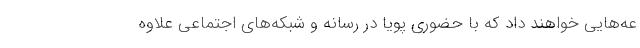
عه‌هایی خواهند داد که با حضوری پویا در رسانه و شبکه‌های اجتماعی علاوه